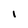
Character: I